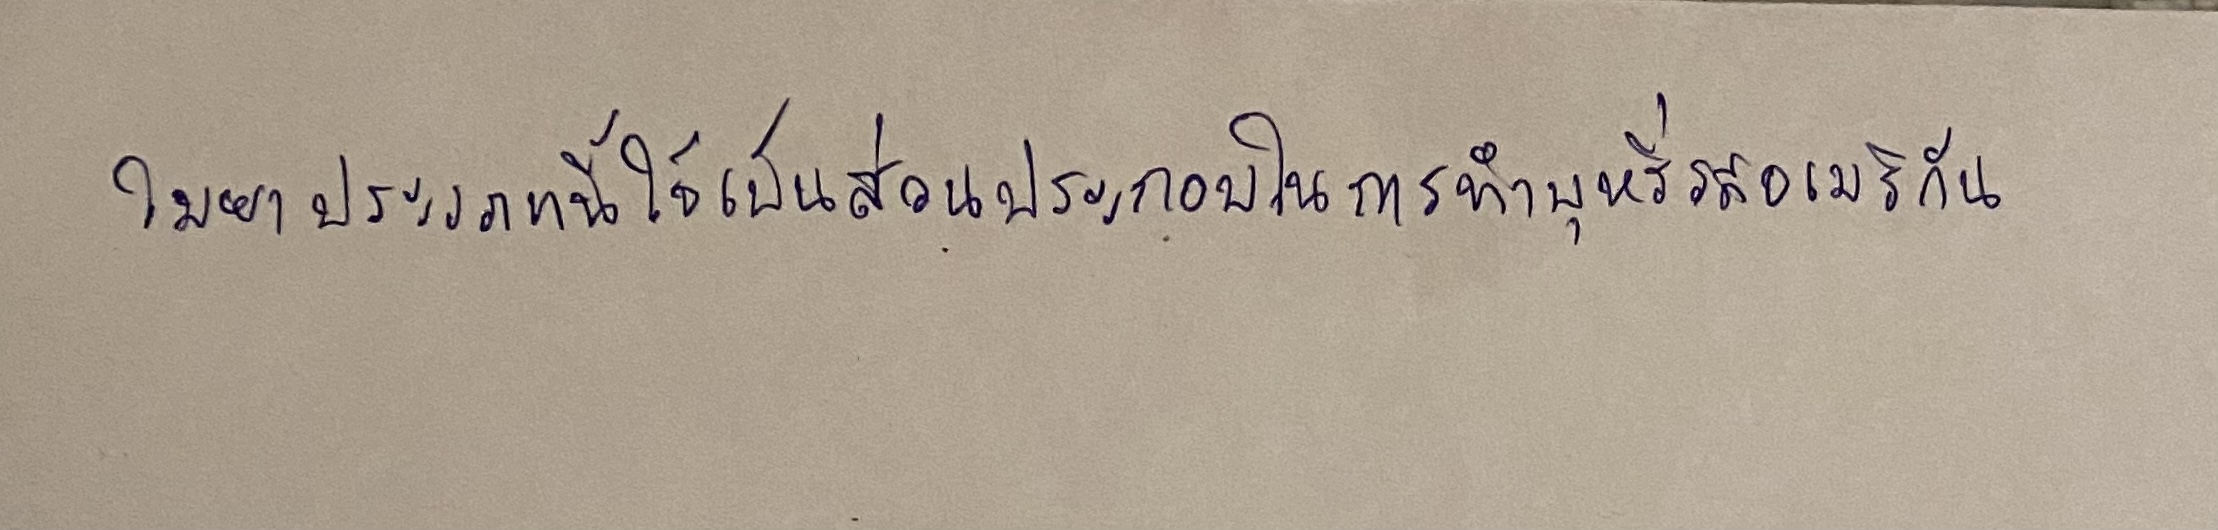
ใบยาประเภทนี้ใช้เป็นส่วนประกอบในการทำบุหรี่รสอเมริกัน